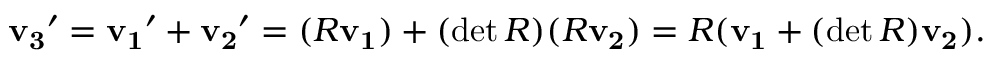
\mathbf { v _ { 3 } } ^ { \prime } = \mathbf { v _ { 1 } } ^ { \prime } + \mathbf { v _ { 2 } } ^ { \prime } = ( R \mathbf { v _ { 1 } } ) + ( \operatorname* { d e t } R ) ( R \mathbf { v _ { 2 } } ) = R ( \mathbf { v _ { 1 } } + ( \operatorname* { d e t } R ) \mathbf { v _ { 2 } } ) .